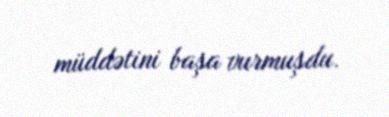
müddətini başa vurmuşdu.